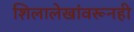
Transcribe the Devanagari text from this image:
शिलालेखांवरूनही